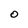
Character: O